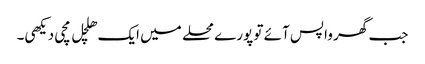
جب گھر واپس آئے تو پورے محلے میں ایک ھلچل مچی دیکھی۔